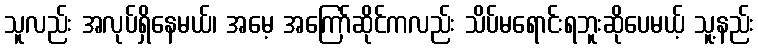
သူလည်း အလုပ်ရှိနေမယ်၊ အမေ့ အကြော်ဆိုင်ကလည်း သိပ်မရောင်းရဘူးဆိုပေမယ့် သူ့နည်း